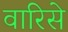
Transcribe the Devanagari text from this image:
वारिसे